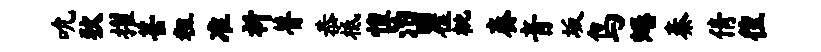
吮狄擢甚粗准祈瞢恭柢惶治瞿枇奏音坂鸟蜷秦倩徨